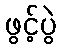
ဖွင့်ပွဲ